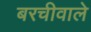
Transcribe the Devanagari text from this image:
बरचीवाले